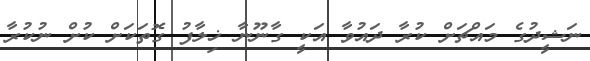
ނަޝީދުގެ މައްޗަށް ކުރާ ދައުވާ އަކީ ގާނޫނާ ޚިލާފު ގޮތަކަށް ކުށް ނުކުރާ